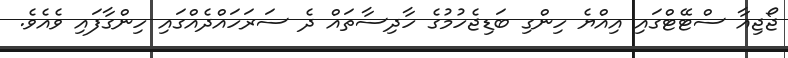
ޖޯޖިއާ ސްޓޭޓްގައި އިއްޔެ ހިންގި ބަޑިޖެހުމުގެ ހާދިސާތައް ދެ ސަރަހައްދެއްގައި ހިންގާފައި ވެއެވެ.